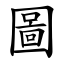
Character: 圖